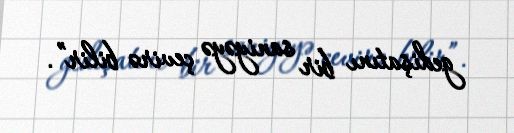
gedişatını bir saniyəyə çevirə bilir”.